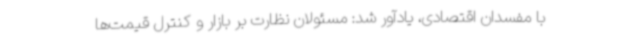
با مفسدان اقتصادی، یادآور شد: مسئولان نظارت بر بازار و کنترل قیمت‌ها